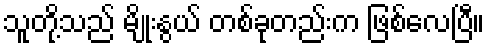
သူတို့သည် မျိုးနွယ် တစ်ခုတည်းက ဖြစ်လေပြီ။